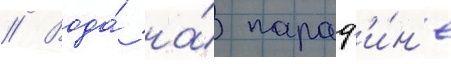
// Вода́ на́ параф'и́н'е